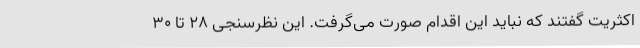
اکثریت گفتند که نباید این اقدام صورت می‌گرفت. این نظرسنجی 28 تا 30